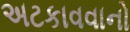
અટકાવવાનો